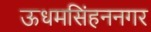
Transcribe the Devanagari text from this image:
ऊधमसिंहननगर